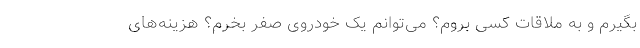
بگیرم و به ملاقات کسی بروم؟ می‌توانم یک خودروی صفر بخرم؟ هزینه‌های